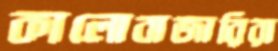
কালোবাজারিরা